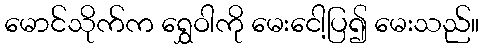
မောင်သိုက်က ရွှေဝါကို မေးငေါ့ပြ၍ မေးသည်။